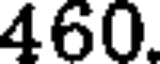
460.